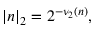
| n | _ { 2 } = 2 ^ { - \nu _ { 2 } ( n ) } ,